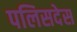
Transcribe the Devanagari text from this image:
पलिसदेस